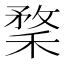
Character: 𥠪